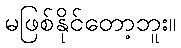
မဖြစ်နိုင်တော့ဘူး။